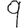
Digit: 9